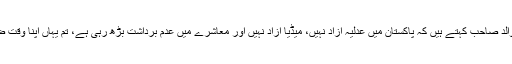
اس نے کہا والد صاحب کہتے ہیں کہ پاکستان میں عدلیہ آزاد نہیں، میڈیا آزاد نہیں اور معاشرے میں عدم برداشت بڑھ رہی ہے، تم یہاں اپنا وقت ضائع نہ کرو۔